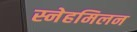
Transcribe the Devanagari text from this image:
स्नेहमिलन